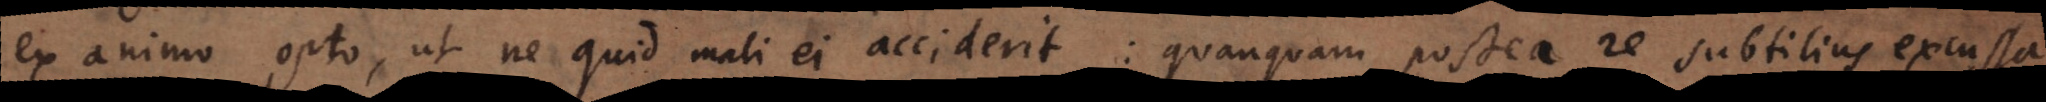
ex animo opto, ut ne quid mali ei acciderit: quanquam postea re subtilius excussa